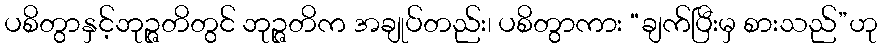
ပစိတွာနှင့်ဘုဉ္ဇတိတွင် ဘုဉ္ဇတိက အချုပ်တည်း၊ ပစိတွာကား “ချက်ပြီးမှ စားသည်”ဟု